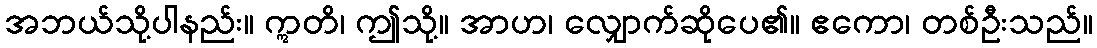
အဘယ်သို့ပါနည်း။ ဣတိ၊ ဤသို့။ အာဟ၊ လျှောက်ဆိုပေ၏။ ဧကော၊ တစ်ဦးသည်။